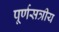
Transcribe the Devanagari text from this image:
पूर्णसत्रीय